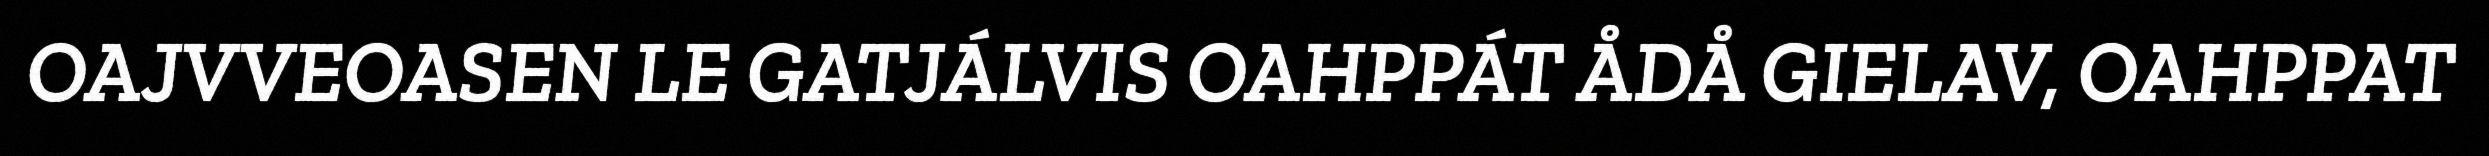
OAJVVEOASEN LE GATJÁLVIS OAHPPÁT ÅDÅ GIELAV, OAHPPAT